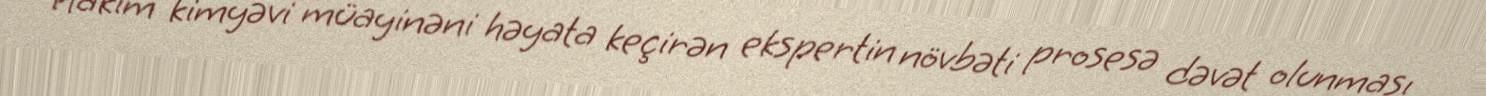
Hakim kimyəvi müayinəni həyata keçirən ekspertin növbəti prosesə dəvət olunması